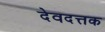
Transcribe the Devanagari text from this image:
देवदत्तक